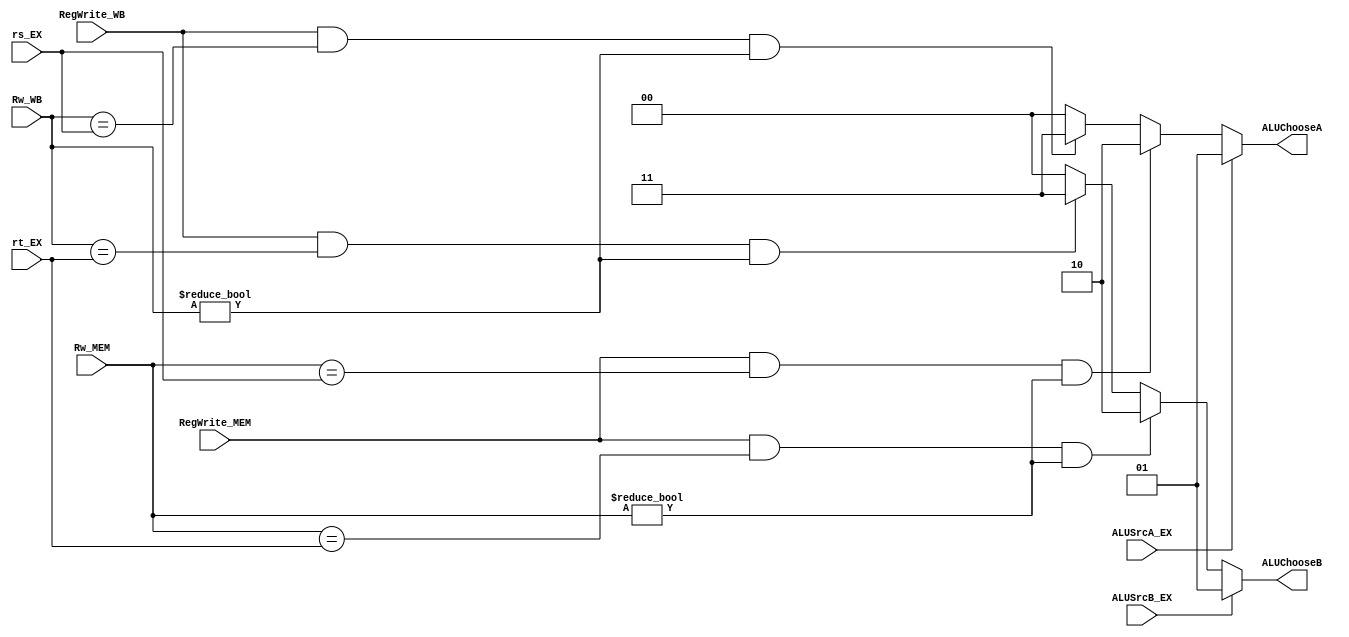
// This program was cloned from: https://github.com/TCL606/MipsPipeline
// License: MIT License

`timescale 1ns / 1ps
module ALUForwarding(
    input wire [4:0] rs_EX,
    input wire [4:0] rt_EX,
    input wire [4:0] Rw_MEM,
    input wire [4:0] Rw_WB,
    input wire RegWrite_MEM,
    input wire RegWrite_WB,
    input wire ALUSrcA_EX,
    input wire ALUSrcB_EX,
    output wire [1:0] ALUChooseA,       // A: 0-dataA  1-Shamt  2-WriteData_MEM  3-WriteData_WB 
    output wire [1:0] ALUChooseB        // B: 0-dataB  1-Imm    2-WriteData_MEM  3-WriteData_WB
);

    assign ALUChooseA = ALUSrcA_EX == 1 ? 1 :
                        (RegWrite_MEM && (Rw_MEM == rs_EX) && (Rw_MEM != 0)) ? 2 :   // MEM
                        (RegWrite_WB && (Rw_WB == rs_EX) && (Rw_WB != 0)) ? 3 : 0;
    assign ALUChooseB = ALUSrcB_EX == 1 ? 1 : 
                        (RegWrite_MEM && (Rw_MEM == rt_EX) && (Rw_MEM != 0)) ? 2 :   // MEM
                        (RegWrite_WB && (Rw_WB == rt_EX) && (Rw_WB != 0)) ? 3 : 0;

endmodule